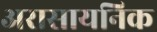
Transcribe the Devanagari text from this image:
अरासायनिक